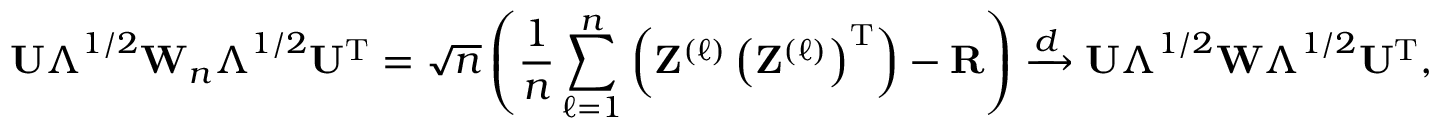
\mathbf { U } \boldsymbol { \Lambda } ^ { 1 / 2 } \mathbf { W } _ { n } \boldsymbol { \Lambda } ^ { 1 / 2 } \mathbf { U } ^ { \mathrm { T } } = \sqrt { n } \left( \frac { 1 } { n } \sum _ { \ell = 1 } ^ { n } \left( \mathbf { Z } ^ { ( \ell ) } \left( \mathbf { Z } ^ { ( \ell ) } \right) ^ { \mathrm { T } } \right) - \mathbf { R } \right) \xrightarrow { d } \mathbf { U } \boldsymbol { \Lambda } ^ { 1 / 2 } \mathbf { W } \boldsymbol { \Lambda } ^ { 1 / 2 } \mathbf { U } ^ { \mathrm { T } } ,